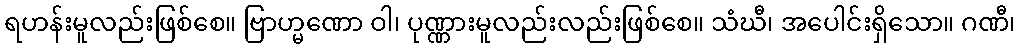
ရဟန်းမူလည်းဖြစ်စေ။ ဗြာဟ္မဏော ဝါ၊ ပုဏ္ဏားမူလည်းလည်းဖြစ်စေ။ သံဃီ၊ အပေါင်းရှိသော။ ဂဏီ၊